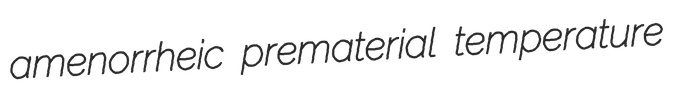
amenorrheic prematerial temperature